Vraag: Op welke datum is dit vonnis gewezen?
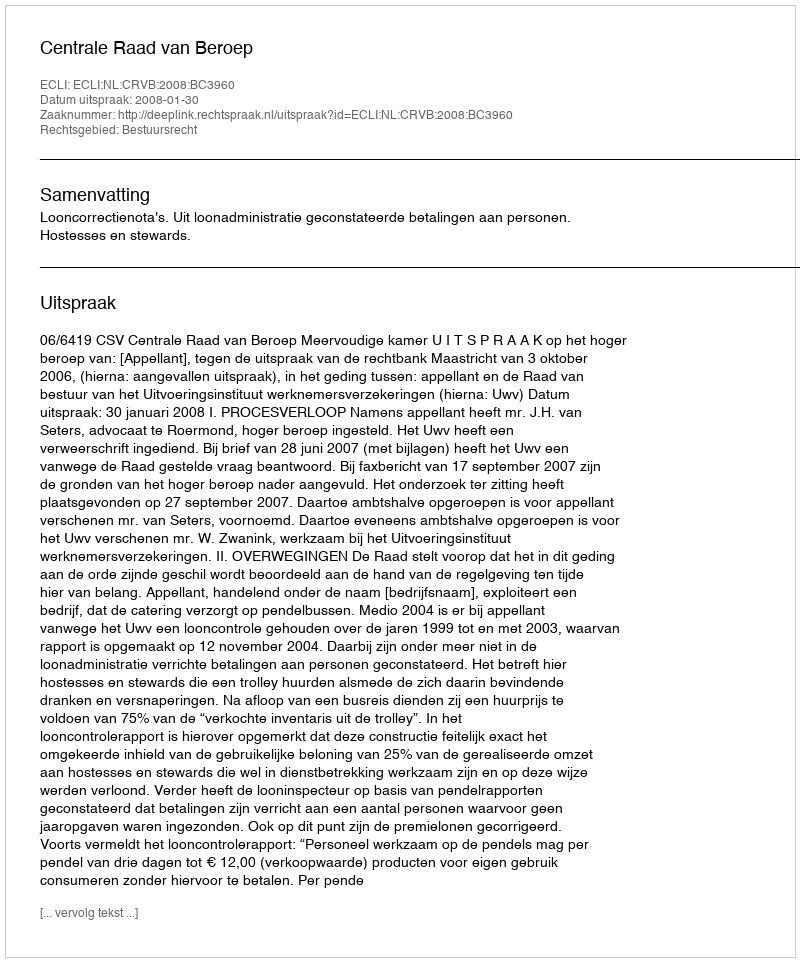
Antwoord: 2008-01-30